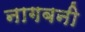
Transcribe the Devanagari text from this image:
नागबनी